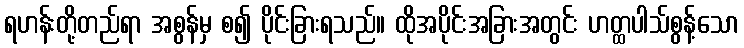
ရဟန်းတို့တည်ရာ အစွန်မှ စ၍ ပိုင်းခြားရသည်။ ထိုအပိုင်းအခြားအတွင်း ဟတ္ထပါသ်စွန့်သော